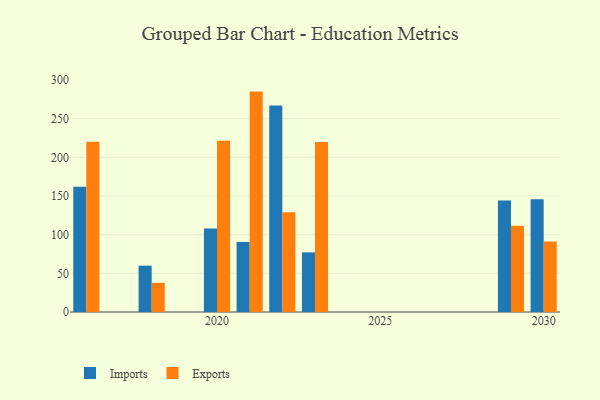
{"axis": {"x": "Year", "y": "Customer Acquisition Cost (USD)"}, "legend": ["Exports", "Imports"], "data": [{"x": "2029", "y": 144.2, "type": "Imports"}, {"x": "2029", "y": 111.5, "type": "Exports"}, {"x": "2030", "y": 145.8, "type": "Imports"}, {"x": "2030", "y": 91.2, "type": "Exports"}, {"x": "2022", "y": 266.9, "type": "Imports"}, {"x": "2022", "y": 129.1, "type": "Exports"}, {"x": "2016", "y": 162.1, "type": "Imports"}, {"x": "2016", "y": 220.2, "type": "Exports"}, {"x": "2018", "y": 59.9, "type": "Imports"}, {"x": "2018", "y": 37.7, "type": "Exports"}, {"x": "2023", "y": 77.1, "type": "Imports"}, {"x": "2023", "y": 219.8, "type": "Exports"}, {"x": "2021", "y": 90.5, "type": "Imports"}, {"x": "2021", "y": 285.0, "type": "Exports"}, {"x": "2020", "y": 107.9, "type": "Imports"}, {"x": "2020", "y": 221.3, "type": "Exports"}]}